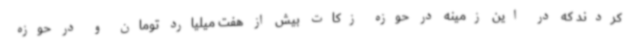
کردند که در این زمینه در حوزه زکات بیش از هفت میلیارد تومان و در حوزه